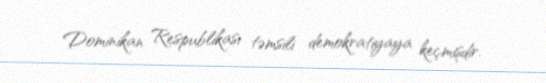
Dominikan Respublikası təmsili demokratiyaya keçmişdir.